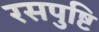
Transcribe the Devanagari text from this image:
रसपुष्टि